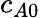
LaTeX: c_{A0}